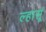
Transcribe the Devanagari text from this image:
ल्हासूं